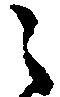
之